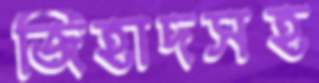
জিহাদসহ